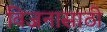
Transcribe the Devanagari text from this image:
विजनासाठी